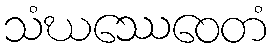
သံဃဿေဝေတံ